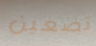
تضعين